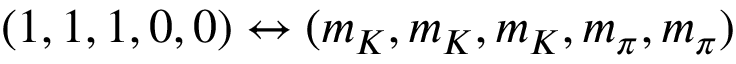
( 1 , 1 , 1 , 0 , 0 ) \leftrightarrow ( m _ { K } , m _ { K } , m _ { K } , m _ { \pi } , m _ { \pi } )